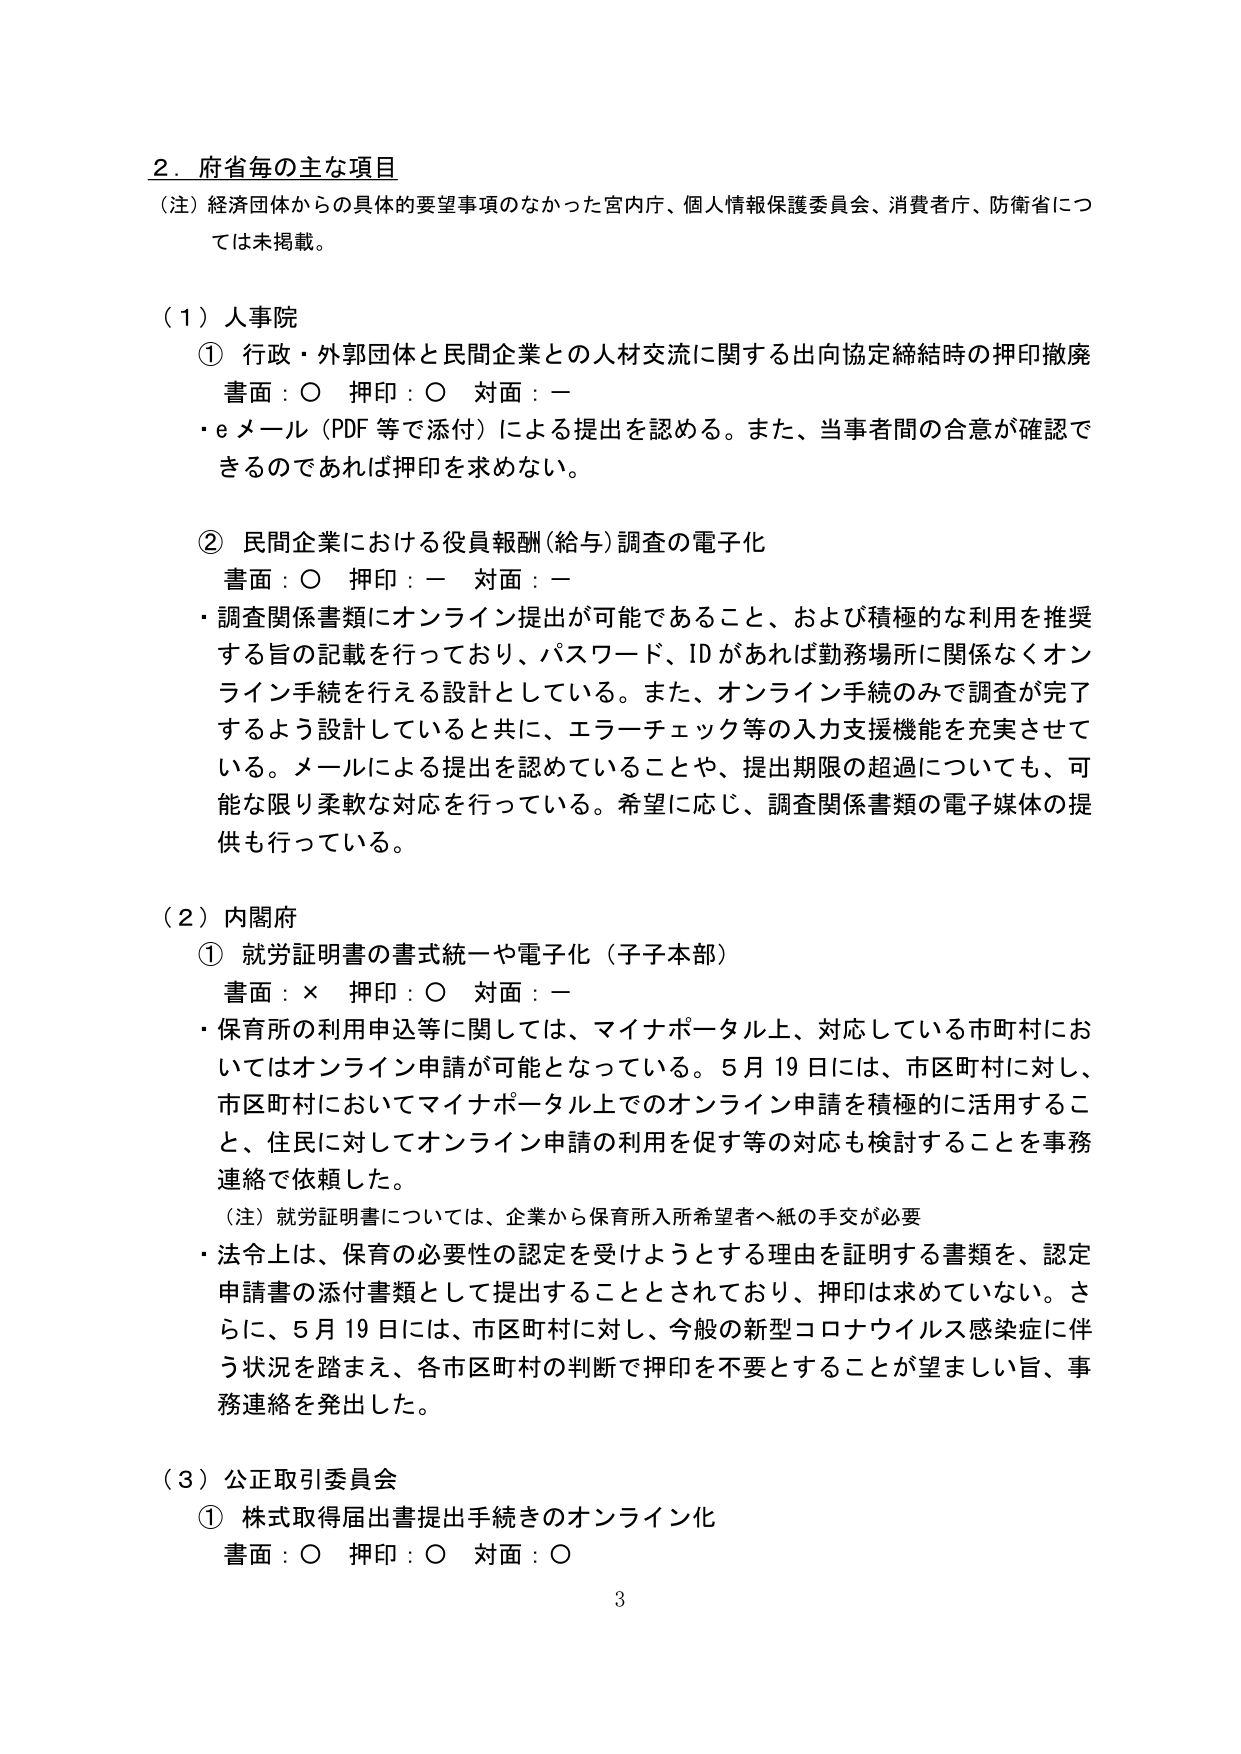
2．府省毎の主な項目
（注）経済団体からの具体的要望事項のなかった宮内庁、個人情報保護委員会、消費者庁、防衛省については未掲載。

（1）人事院
① 行政・外郭団体と民間企業との人材交流に関する出向協定締結時の押印撤廃
　書面：○　押印：○　対面：ー
　・eメール（PDF等で添付）による提出を認める。また、当事者間の合意が確認できるのであれば押印を求めない。

② 民間企業における役員報酬（給与）調査の電子化
　書面：○　押印：ー　対面：ー
　・調査関係書類にオンライン提出が可能であること、および積極的な利用を推奨する旨の記載を行っており、パスワード、IDがあれば勤務場所に関係なくオンライン手続を行える設計としている。また、オンライン手続のみで調査が完了するよう設計していると共に、エラーチェック等の入力支援機能を充実させている。メールによる提出を認めていることや、提出期限の超過についても、可能な限り柔軟な対応を行っている。希望に応じ、調査関係書類の電子媒体の提供も行っている。

（2）内閣府
① 就労証明書の書式統一や電子化（子子本部）
　書面：×　押印：○　対面：ー
　・保育所の利用申込等に関しては、マイナポータル上、対応している市町村においてはオンライン申請が可能となっている。5月19日には、市区町村に対し、市区町村においてマイナポータル上でのオンライン申請を積極的に活用すること、住民に対してオンライン申請の利用を促す等の対応も検討することを事務連絡で依頼した。
　（注）就労証明書については、企業から保育所入所希望者へ紙の手交が必要
　・法令上は、保育の必要性の認定を受けようとする理由を証明する書類を、認定申請書の添付書類として提出することとされており、押印は求めていない。さらに、5月19日には、市区町村に対し、今般の新型コロナウイルス感染症に伴う状況を踏まえ、各市区町村の判断で押印を不要とすることが望ましい旨、事務連絡を発出した。

（3）公正取引委員会
① 株式取得届出書提出手続きのオンライン化
　書面：○　押印：○　対面：○

3